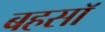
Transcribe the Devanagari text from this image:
बहसॉ